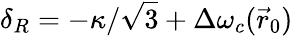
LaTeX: \delta_{R}=-\kappa/\sqrt 3+\Delta\omega_{c}(\vec{r}_{0})